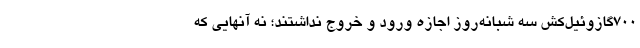
700گازوئیل‌کش سه شبانه‌روز اجازه ورود و خروج نداشتند؛ نه آنهایی که